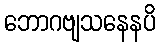
ဘောဂဗျသနေနပိ